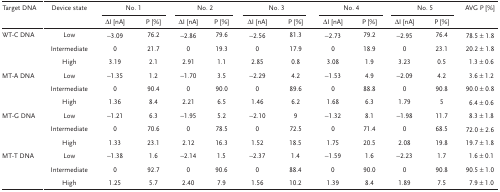
<table><thead><tr><td><b>Target DNA</b></td><td><b>Device state</b></td><td colspan="2"><b>No. 1</b></td><td colspan="2"><b>No. 2</b></td><td colspan="2"><b>No. 3</b></td><td colspan="2"><b>No. 4</b></td><td colspan="2"><b>No. 5</b></td><td><b>AVG P [%]</b></td></tr><tr><td></td><td></td><td><b>ΔI [nA]</b></td><td><b>P [%]</b></td><td><b>ΔI [nA]</b></td><td><b>P [%]</b></td><td><b>ΔI [nA]</b></td><td><b>P [%]</b></td><td><b>ΔI [nA]</b></td><td><b>P [%]</b></td><td><b>ΔI [nA]</b></td><td><b>P [%]</b></td><td></td></tr></thead><tbody><tr><td>WT‐C DNA</td><td>Low</td><td>−3.09</td><td>76.2</td><td>−2.86</td><td>79.6</td><td>−2.56</td><td>81.3</td><td>−2.73</td><td>79.2</td><td>−2.95</td><td>76.4</td><td>78.5 ± 1.8</td></tr><tr><td></td><td>Intermediate</td><td>0</td><td>21.7</td><td>0</td><td>19.3</td><td>0</td><td>17.9</td><td>0</td><td>18.9</td><td>0</td><td>23.1</td><td>20.2 ± 1.8</td></tr><tr><td></td><td>High</td><td>3.19</td><td>2.1</td><td>2.91</td><td>1.1</td><td>2.85</td><td>0.8</td><td>3.08</td><td>1.9</td><td>3.23</td><td>0.5</td><td>1.3 ± 0.6</td></tr><tr><td>MT‐A DNA</td><td>Low</td><td>−1.35</td><td>1.2</td><td>−1.70</td><td>3.5</td><td>−2.29</td><td>4.2</td><td>−1.53</td><td>4.9</td><td>−2.09</td><td>4.2</td><td>3.6 ± 1.2</td></tr><tr><td></td><td>Intermediate</td><td>0</td><td>90.4</td><td>0</td><td>90.0</td><td>0</td><td>89.6</td><td>0</td><td>88.8</td><td>0</td><td>90.8</td><td>90.0 ± 0.8</td></tr><tr><td></td><td>High</td><td>1.36</td><td>8.4</td><td>2.21</td><td>6.5</td><td>1.46</td><td>6.2</td><td>1.68</td><td>6.3</td><td>1.79</td><td>5</td><td>6.4 ± 0.6</td></tr><tr><td>MT‐G DNA</td><td>Low</td><td>−1.21</td><td>6.3</td><td>−1.95</td><td>5.2</td><td>−2.10</td><td>9</td><td>−1.32</td><td>8.1</td><td>−1.98</td><td>11.7</td><td>8.3 ± 1.8</td></tr><tr><td></td><td>Intermediate</td><td>0</td><td>70.6</td><td>0</td><td>78.5</td><td>0</td><td>72.5</td><td>0</td><td>71.4</td><td>0</td><td>68.5</td><td>72.0 ± 2.6</td></tr><tr><td></td><td>High</td><td>1.33</td><td>23.1</td><td>2.12</td><td>16.3</td><td>1.52</td><td>18.5</td><td>1.75</td><td>20.5</td><td>2.08</td><td>19.8</td><td>19.7 ± 1.8</td></tr><tr><td>MT‐T DNA</td><td>Low</td><td>−1.38</td><td>1.6</td><td>−2.14</td><td>1.5</td><td>−2.37</td><td>1.4</td><td>−1.59</td><td>1.6</td><td>−2.23</td><td>1.7</td><td>1.6 ± 0.1</td></tr><tr><td></td><td>Intermediate</td><td>0</td><td>92.7</td><td>0</td><td>90.6</td><td>0</td><td>88.4</td><td>0</td><td>90.0</td><td>0</td><td>90.8</td><td>90.5 ± 1.0</td></tr><tr><td></td><td>High</td><td>1.25</td><td>5.7</td><td>2.40</td><td>7.9</td><td>1.56</td><td>10.2</td><td>1.39</td><td>8.4</td><td>1.89</td><td>7.5</td><td>7.9 ± 1.0</td></tr></tbody></table>